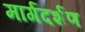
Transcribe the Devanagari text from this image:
मार्गदर्शण